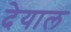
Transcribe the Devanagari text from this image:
देयाल